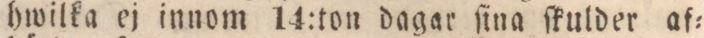
hwilka ej innom 14:ton dagar ſina ſkulder af=